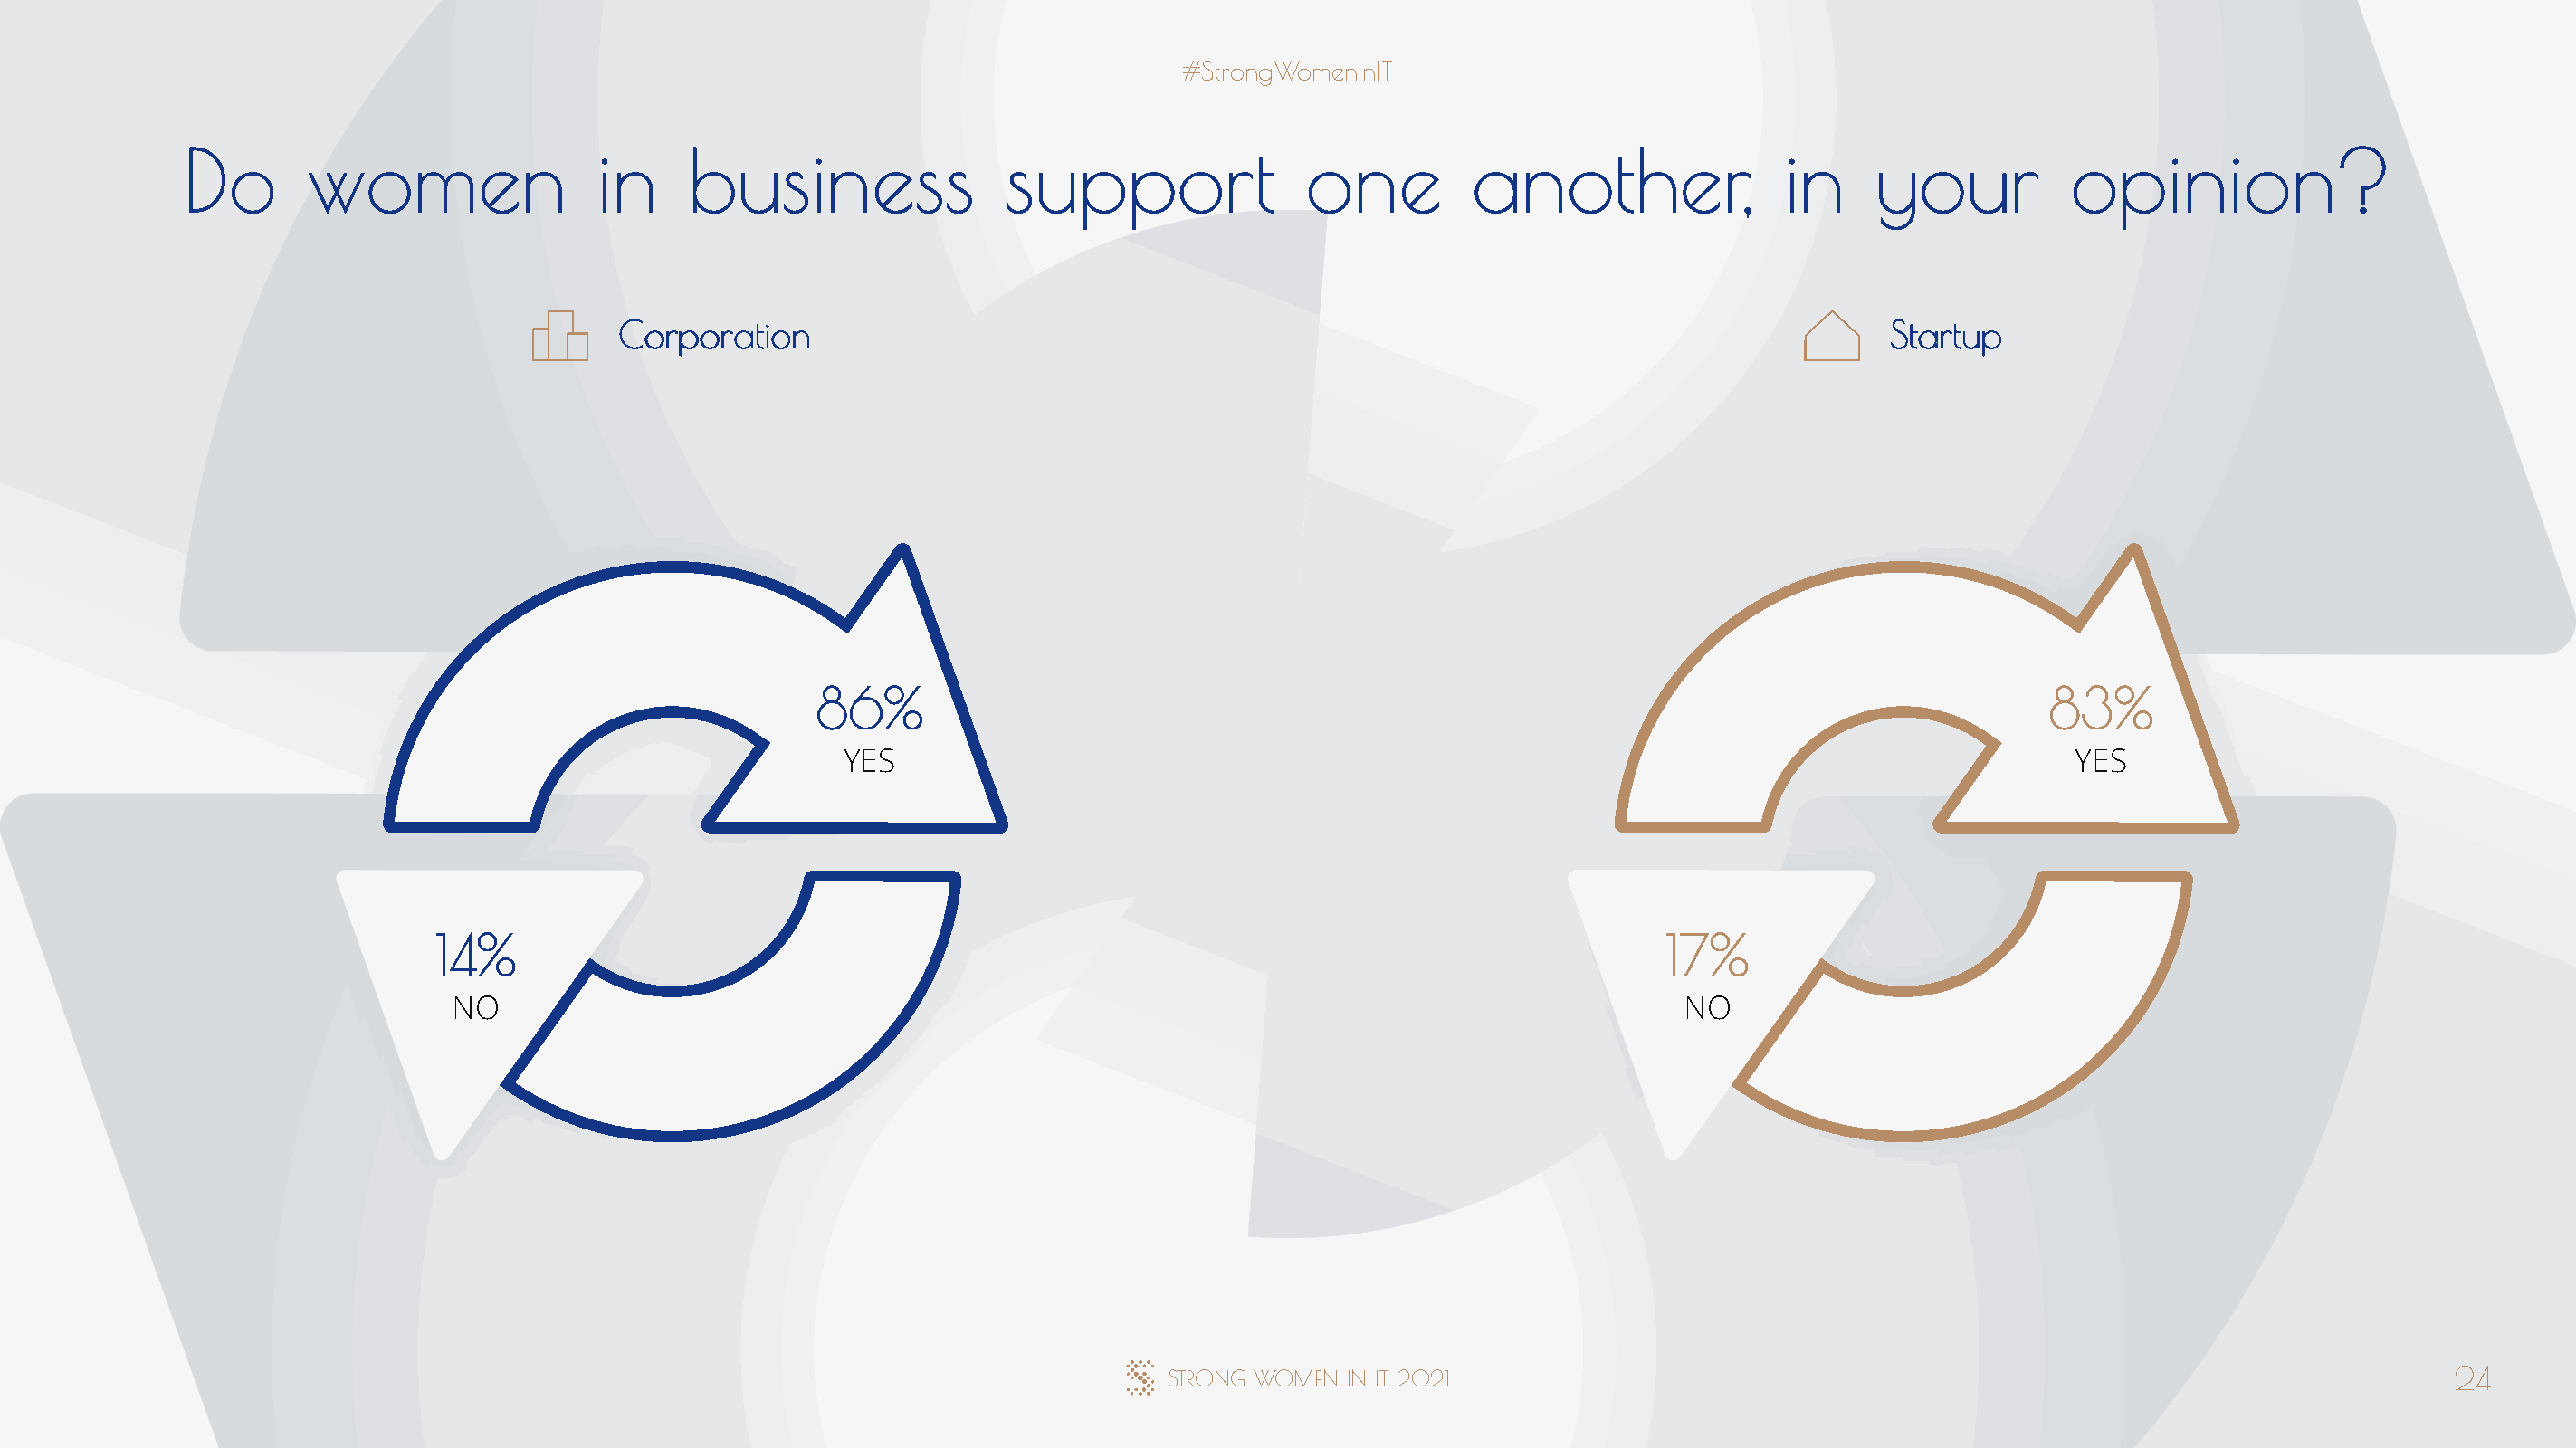
#StrongWomeninIT
 Do       women                 in    business                support               one         another,              in     your          opinion?
 Corporation                                                                                  Startup
 86%                                                                                       83%
 YES                                                                                       YES
 14%                                                                                       17%
 NO                                                                                        NO
 STRONG WOMEN  IN IT 2021                                                                       24